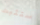
ستثبت